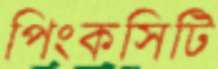
পিংকসিটি